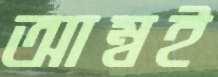
আম্বই